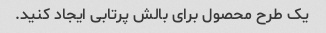
یک طرح محصول برای بالش پرتابی ایجاد کنید.